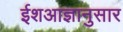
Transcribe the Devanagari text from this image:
ईशआज्ञानुसार